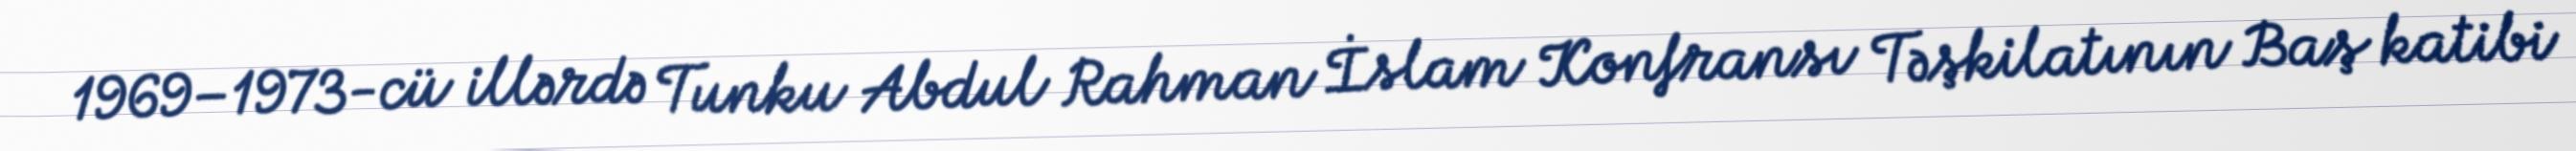
1969–1973-cü illərdə Tunku Abdul Rahman İslam Konfransı Təşkilatının Baş katibi